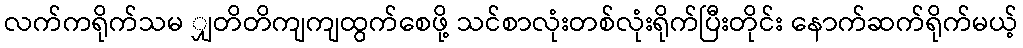
လက်ကရိုက်သမ ျှတိတိကျကျထွက်စေဖို့ သင်စာလုံးတစ်လုံးရိုက်ပြီးတိုင်း နောက်ဆက်ရိုက်မယ့်